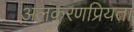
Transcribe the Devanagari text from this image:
अलंकरणप्रियता